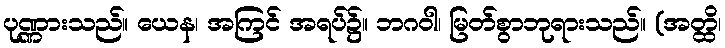
ပုဏ္ဏားသည်။ ယေန၊ အကြင် အရပ်၌။ ဘဂဝါ၊ မြတ်စွာဘုရားသည်။ (အတ္ထိ၊